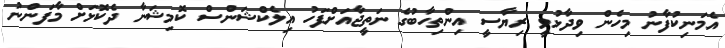
އެމަނިކުފާނު މިހެން ވިދާޅުވީ ރިޔާސީ އިންތިހާބުގެ ނަތީޖާއަށްފަހު އިލެކްޝަންސް ކޮމިޝަނާ ދެކޮޅަށް މާފަންނު